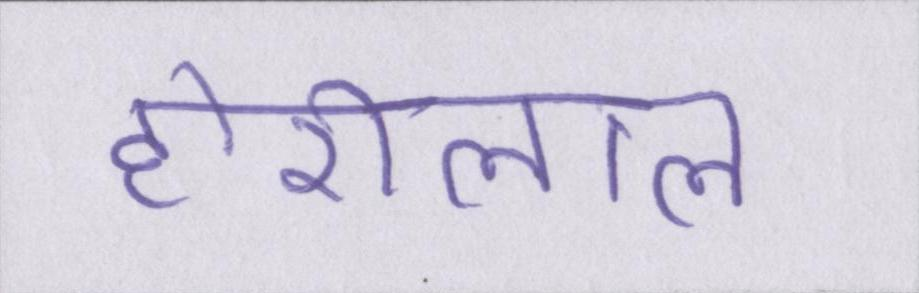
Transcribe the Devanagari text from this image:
होरीलाल